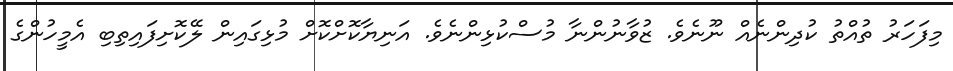
މިފަހަރު ތުއްތު ކުދިންނެއް ނޫނެވެ. ޒުވާނުންނާ މުސްކުޅިންނެވެ. އަނިޔާކޮށްކޮށް މުޅިގައިން ލޭކޮށިފައިތިބި އެމީހުންގެ